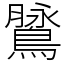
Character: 䳮